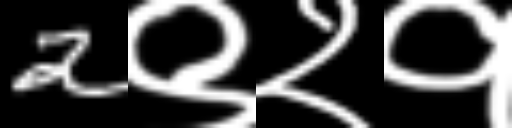
Text: 2९२१